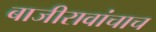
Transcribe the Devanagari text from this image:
बाजीरावांचाच